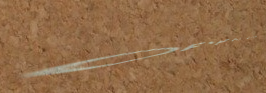
OPEN LATE